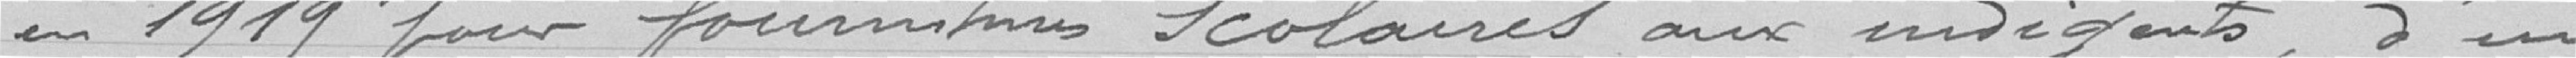
en 1919 pour fournitures scolaires aux indigents, d'un